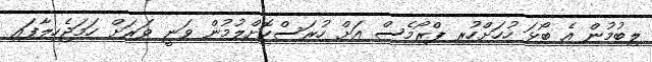
ލިބުމުން އެ ބޯޅަ ހުހަށްހުރި ޕްރޯމެސް އަށް ހުރަސްކޮށްލުމުން ވަނީ ވަރަށް ހަމަޖެހިލާފައި